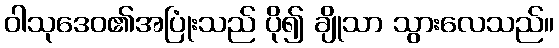
ဝါသုဒေဝ၏အပြုံးသည် ပို၍ ချိုသာ သွားလေသည်။